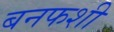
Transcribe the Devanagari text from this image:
बनफशी